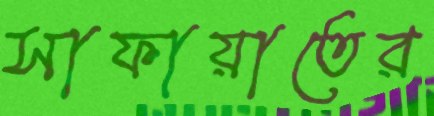
সাফায়াতের